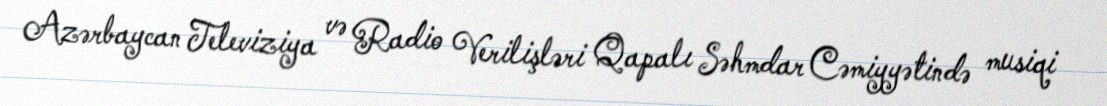
Azərbaycan Televiziya və Radio Verilişləri Qapalı Səhmdar Cəmiyyətində musiqi